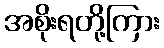
အစိုးရတို့ကြား